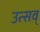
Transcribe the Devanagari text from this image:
उत्सव्